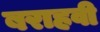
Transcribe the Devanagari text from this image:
बराहवी